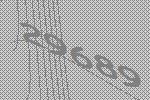
29689